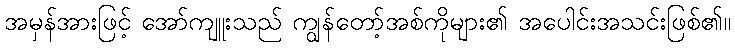
အမှန်အားဖြင့် အော်ကျူးသည် ကျွန်တော့်အစ်ကိုများ၏ အပေါင်းအသင်းဖြစ်၏။